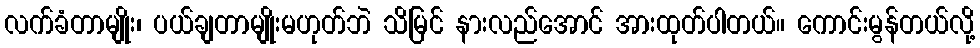
လက်ခံတာမျိုး၊ ပယ်ချတာမျိုးမဟုတ်ဘဲ သိမြင် နားလည်အောင် အားထုတ်ပါတယ်။ ကောင်းမွန်တယ်လို့